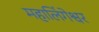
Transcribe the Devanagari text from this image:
महालिंगेश्वर